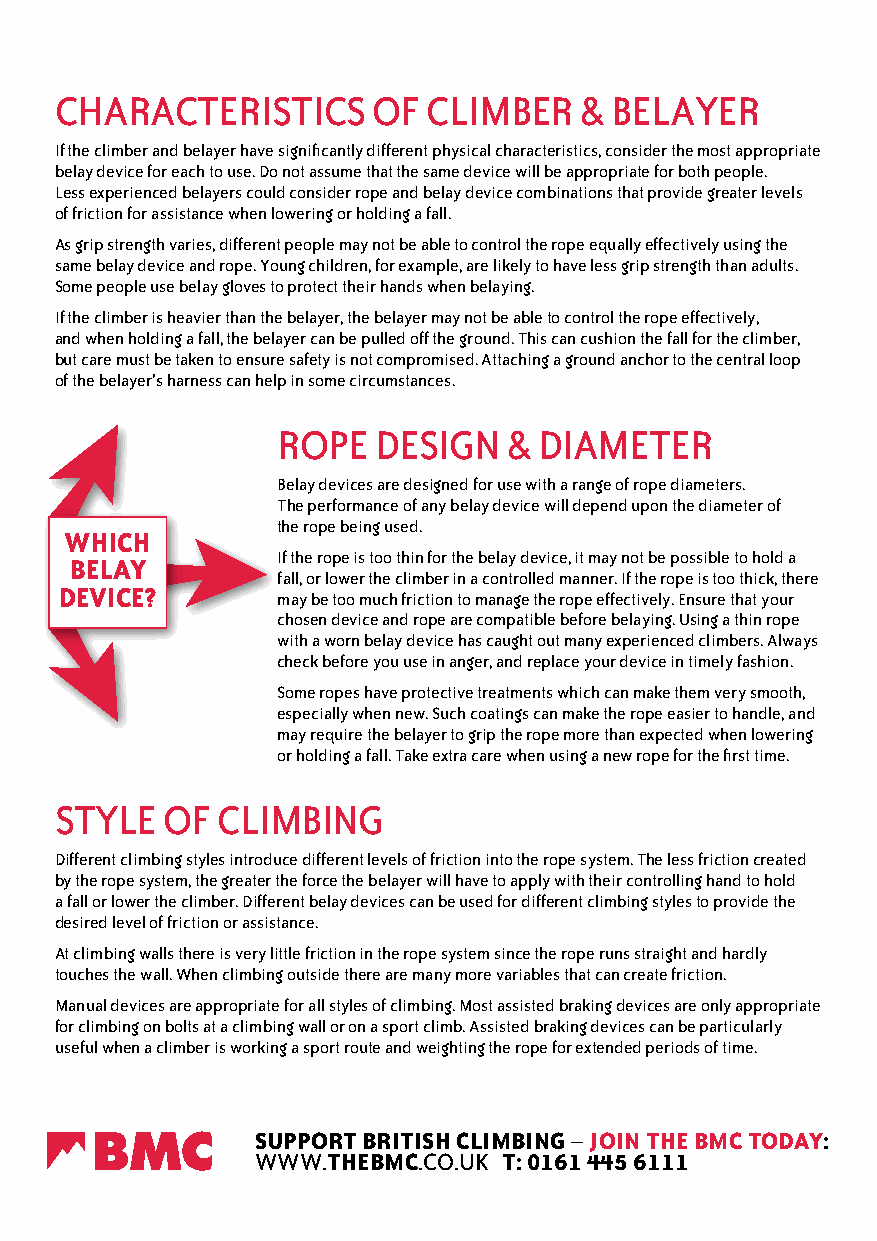
ChArACteriStiCS      of CliMBer   & BelAYer
 if the climber and belayer have significantly different physical characteristics, consider the most appropriate
 belay device for each to use. do not assume that the same device will be appropriate for both people.
 less experienced belayers could consider rope and belay device combinations that provide greater levels
 of friction for assistance when lowering or holding a fall.
 As grip strength varies, different people may not be able to control the rope equally effectively using the
 same belay device and rope. Young children, for example, are likely to have less grip strength than adults.
 Some people use belay gloves to protect their hands when belaying.
 if the climber is heavier than the belayer, the belayer may not be able to control the rope effectively,
 and when holding a fall, the belayer can be pulled off the ground. this can cushion the fall for the climber,
 but care must be taken to ensure safety is not compromised. Attaching a ground anchor to the central loop
 of the belayer’s harness can help in some circumstances.
 roPe   deSign   & diAMeter
 Belay devices are designed for use with a range of rope diameters.
 the performance of any belay device will depend upon the diameter of
 the rope being used.
 wHiCH
 BeLaY        if the rope is too thin for the belay device, it may not be possible to hold a
 fall, or lower the climber in a controlled manner. if the rope is too thick, there
 deviCe?
 may be too much friction to manage the rope effectively. ensure that your
 chosen device and rope are compatible before belaying. using a thin rope
 with a worn belay device has caught out many experienced climbers. Always
 check before you use in anger, and replace your device in timely fashion.
 Some ropes have protective treatments which can make them very smooth,
 especially when new. Such coatings can make the rope easier to handle, and
 may require the belayer to grip the rope more than expected when lowering
 or holding a fall. take extra care when using a new rope for the first time.
 StYle  of CliMBing
 different climbing styles introduce different levels of friction into the rope system. the less friction created
 by the rope system, the greater the force the belayer will have to apply with their controlling hand to hold
 a fall or lower the climber. different belay devices can be used for different climbing styles to provide the
 desired level of friction or assistance.
 At climbing walls there is very little friction in the rope system since the rope runs straight and hardly
 touches the wall. When climbing outside there are many more variables that can create friction.
 Manual devices are appropriate for all styles of climbing. Most assisted braking devices are only appropriate
 for climbing on bolts at a climbing wall or on a sport climb. Assisted braking devices can be particularly
 useful when a climber is working a sport route and weighting the rope for extended periods of time.
 suppOrT BriTisH CLiMBing – jOin THe BMC TOdaY:
 WWW.THeBMC.Co.uk T: 0161 445 6111